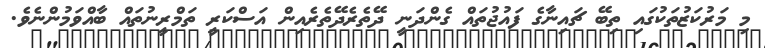
މި މަރުކަޒުތަކުގައި ތިބޭ ޗައިނާގެ ފައުޖުތައް ގެންދަނީ ދޭތެރެދޭތެރެއިން އަސްކަރީ ތަމްރީނުތައް ބާއްވަމުންނެވެ.